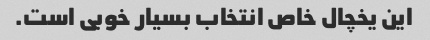
این یخچال خاص انتخاب بسیار خوبی است.